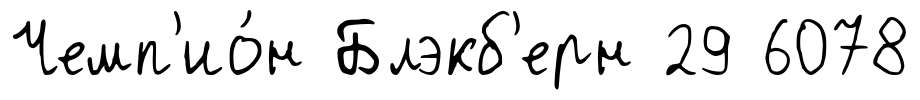
Чемп'ио́н Блэкб'ерн 29 6078